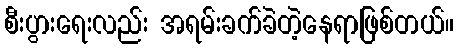
စီးပွားရေးလည်း အရမ်းခက်ခဲတဲ့နေရာဖြစ်တယ်။